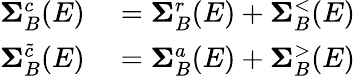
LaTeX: \begin{array}{rl}{\mathbf{\Sigma}_{B}^{c}(E)}&{{}=\mathbf{\Sigma}_{B}^{r}(E)+\mathbf{\Sigma}_{B}^{<}(E)}\\ {\mathbf{\Sigma}_{B}^{\tilde{c}}(E)}&{{}=\mathbf{\Sigma}_{B}^{a}(E)+\mathbf{\Sigma}_{B}^{>}(E)}\end{array}